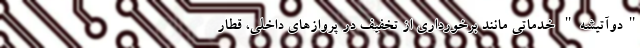
"دوآتیشه" خدماتی مانند برخورداری از تخفیف در پروازهای داخلی، قطار